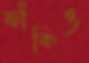
ফাঁকিও